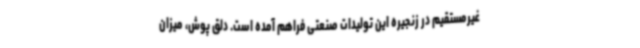
غیرمستقیم در زنجیره این تولیدات صنعتی فراهم آمده است. دلق پوش، میزان